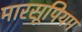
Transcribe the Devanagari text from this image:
मारसूपियम